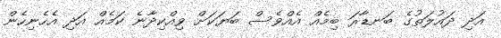
އަދި ދައުލަތުގެ ބަނޑާރަ ބިމެއް އެއްވެސް ބަޔަކަށް ވިއްކިދާނެ ކަމެއް އަދި އެހެނިހެން